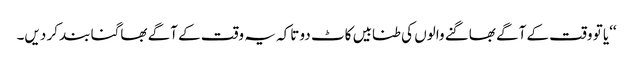
‘‘یا تو وقت کے آگے بھاگنے والوں کی طنابیں کاٹ دو تاکہ یہ وقت کے آگے بھاگنا بند کر دیں۔